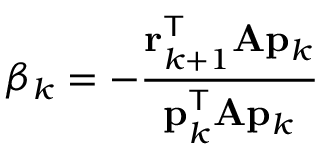
\beta _ { k } = - { \frac { \mathbf { r } _ { k + 1 } ^ { \mathsf { T } } \mathbf { A } \mathbf { p } _ { k } } { \mathbf { p } _ { k } ^ { \mathsf { T } } \mathbf { A } \mathbf { p } _ { k } } }